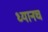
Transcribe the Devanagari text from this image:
ध्यानच